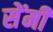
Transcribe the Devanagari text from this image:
सेेंमी